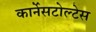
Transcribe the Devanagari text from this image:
कार्नेसटोल्टेस